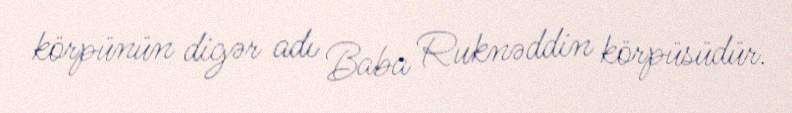
körpünün digər adı Baba Ruknəddin körpüsüdür.